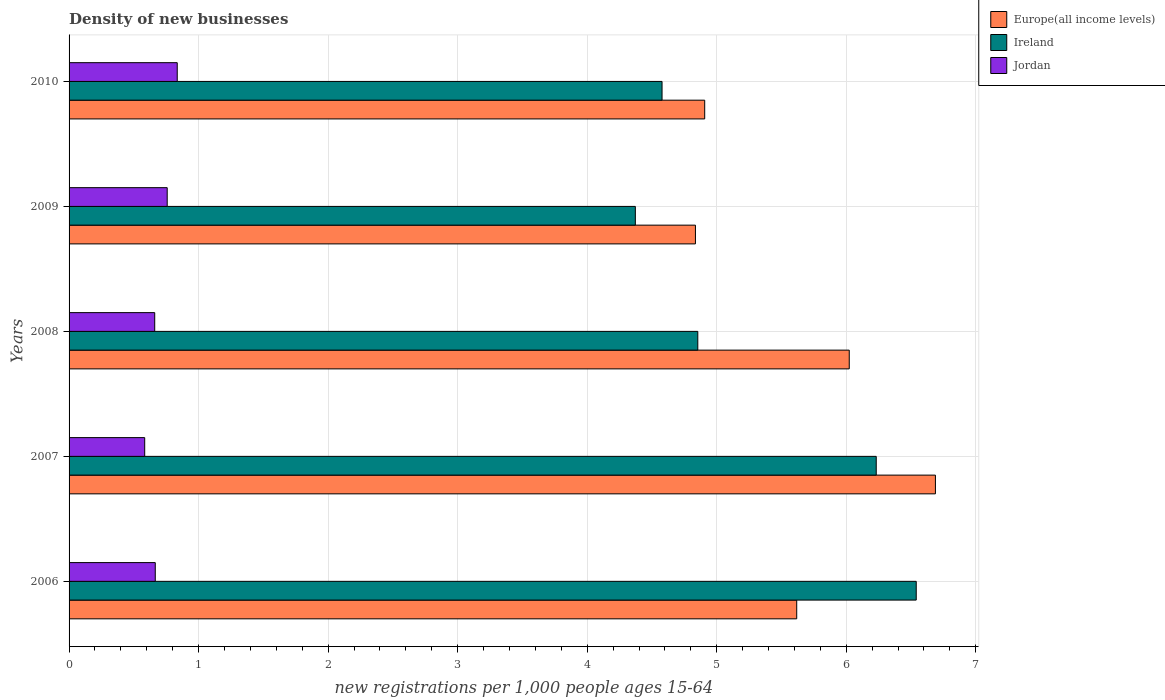
| Years | Europe(all income levels) | Ireland | Jordan |
 | --- | --- | --- | --- |
 | 2006 | 5.62 | 6.54 | 0.665 |
 | 2007 | 6.69 | 6.23 | 0.584 |
 | 2008 | 6.02 | 4.85 | 0.661 |
 | 2009 | 4.84 | 4.37 | 0.758 |
 | 2010 | 4.91 | 4.58 | 0.835 |